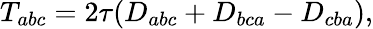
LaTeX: T_{abc}=2\tau(D_{abc}+D_{bca}-D_{cba}),